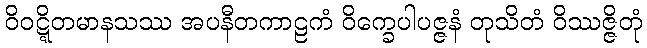
ဝိဝဋ္ဋိတမာနသဿ အပနီတကာဠကံ ဝိက္ခေပါပဇ္ဇနံ တုသိတံ ဝိဿဇ္ဇိတုံ